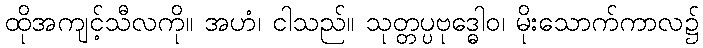
ထိုအကျင့်သီလကို။ အဟံ၊ ငါသည်။ သုတ္တပ္ပဗုဒ္ဓေါဝ၊ မိုးသောက်ကာလ၌